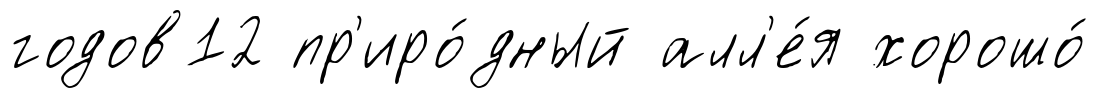
годов12 пр'иро́дный алл'е́я хорошо́